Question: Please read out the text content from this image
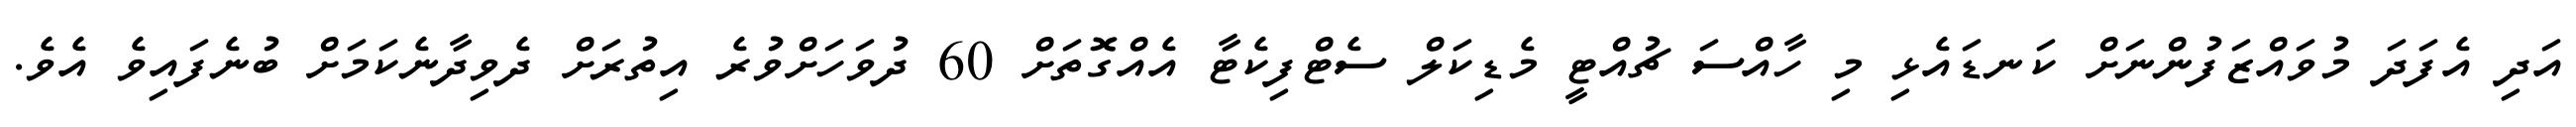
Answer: އަދި އެފަދަ މުވައްޒަފުންނަށް ކަނޑައެޅި މި ހާއްސަ ޗުއްޓީ މެޑިކަލް ސެޓްފިކެޓާ އެއްގޮތަށް 60 ދުވަހަށްވުރެ އިތުރަށް ދެވިދާނެކަމަށް ބުނެފައިވެ އެވެ.